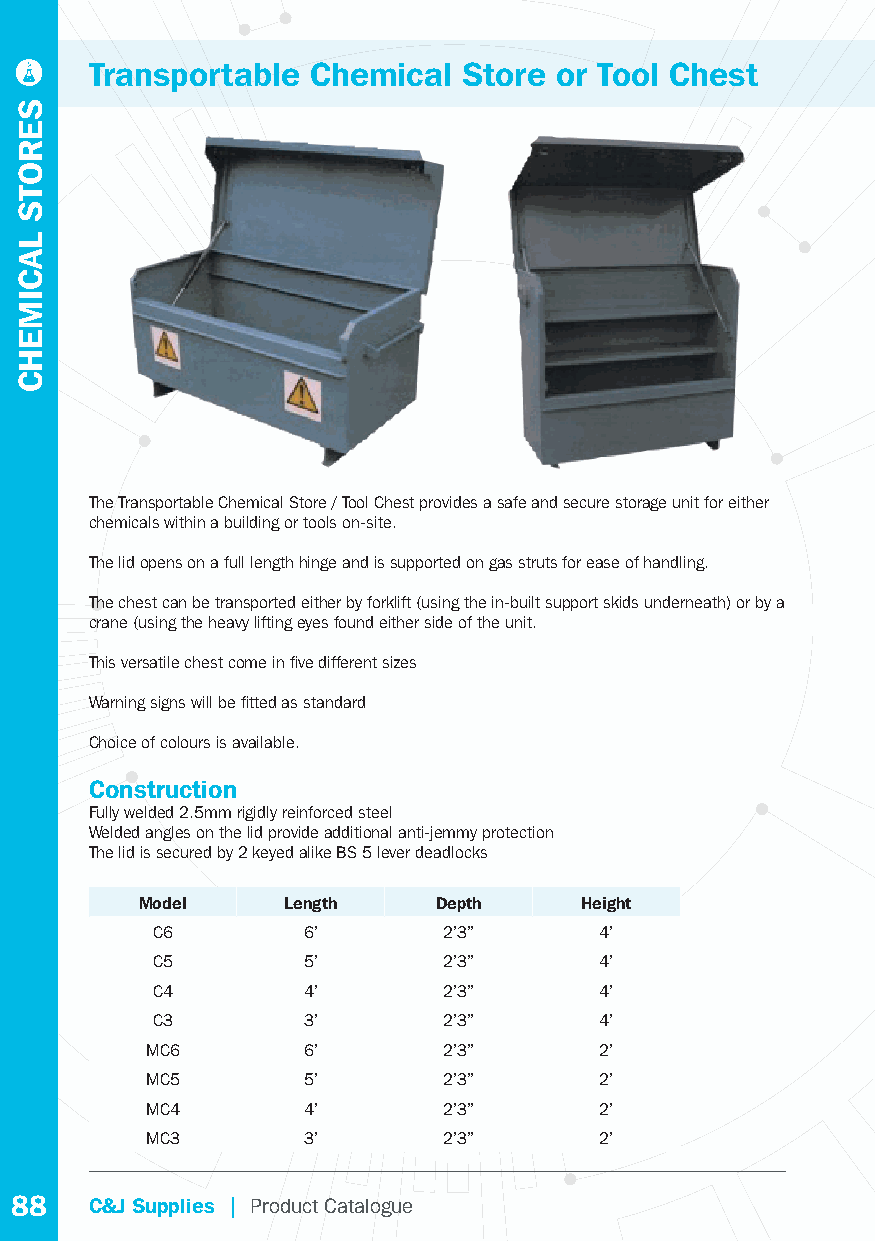
Transportable  Chemical  Store or Tool Chest
 The Transportable Chemical Store / Tool Chest provides a safe and secure storage unit for either
 chemicals within a building or tools on-site.
 The lid opens on a full length hinge and is supported on gas struts for ease of handling.
 The chest can be transported either by forklift (using the in-built support skids underneath) or by a
 crane (using the heavy lifting eyes found either side of the unit.
 This versatile chest come in fi ve different sizes
 Warning signs will be fi tted as standard
 Choice of colours is available.
 Construction
 Fully welded 2.5mm rigidly reinforced steel
 Welded angles on the lid provide additional anti-jemmy protection
 The lid is secured by 2 keyed alike BS 5 lever deadlocks
 Model     Length    Depth    Height
 C6        6’       2’3”       4’
 C5        5’       2’3”       4’
 C4        4’       2’3”       4’
 C3        3’       2’3”       4’
 MC6       6’       2’3”       2’
 MC5       5’       2’3”       2’
 MC4       4’       2’3”       2’
 MC3       3’       2’3”       2’
 88   C&J Supplies | Product Catalogue
 SEROTS
 LACIMEHC